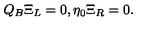
Q _ { B } \Xi _ { L } = 0 , \eta _ { 0 } \Xi _ { R } = 0 .